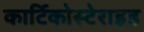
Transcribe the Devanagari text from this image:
कार्टिकोस्टेराइड